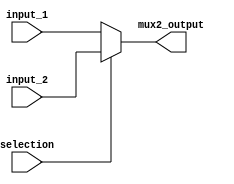
module mux2 #(
	parameter WIDTH = 16) (
	input selection,
	input [WIDTH - 1 : 0] input_1, 
	input [WIDTH - 1 : 0] input_2,
	
	output 	[WIDTH - 1 : 0] mux2_output);
	
	assign mux2_output = selection ? input_2 : input_1;
endmodule 


module mux4 #(
	parameter WIDTH = 16) (
	
   input      [1:0] selection,
	input [WIDTH-1:0] input_1, 
	input [WIDTH-1:0] input_2, 
	input [WIDTH-1:0] input_3, 
	input [WIDTH-1:0] input_4,
   output reg [WIDTH-1:0] mux4_output);
   always @(*)
      case(selection)
         2'b00: mux4_output <= input_1;
         2'b01: mux4_output <= input_2;
         2'b10: mux4_output <= input_3;
         2'b11: mux4_output <= input_4;
      endcase
endmodule

module mux8 #(
	parameter WIDTH = 16) (
	
   input      [2:0] selection,
	input [WIDTH-1:0] input_1, 
	input [WIDTH-1:0] input_2, 
	input [WIDTH-1:0] input_3, 
	input [WIDTH-1:0] input_4,
	input [WIDTH-1:0] input_5,
	input [WIDTH-1:0] input_6,
	input [WIDTH-1:0] input_7,
	input [WIDTH-1:0] input_8,
   output reg [WIDTH-1:0] mux8_output);
   always @(*)
      case(selection)
         3'b000: mux8_output <= input_1;
         3'b001: mux8_output <= input_2;
         3'b010: mux8_output <= input_3;
         3'b011: mux8_output <= input_4;
			3'b100: mux8_output <= input_5;
			3'b101: mux8_output <= input_6;
			3'b110: mux8_output <= input_7;
			3'b111: mux8_output <= input_8;
      endcase
endmodule


module flopenr #(parameter WIDTH = 16)(
	input 		clk, reset, en,
   input			[WIDTH - 1 : 0] d, 
   output reg 	[WIDTH - 1 : 0] q);
   always @(posedge clk)
      if (~reset) q <= 0;
      else if(en) q <= d;
endmodule



module flopr #(parameter WIDTH = 16)(
	input			clk, reset,
   input      	[WIDTH-1:0] d, 
   output reg 	[WIDTH-1:0] q);
   always @(posedge clk)
      if   (~reset) q <= 0;
      else q <= d;
endmodule